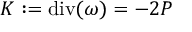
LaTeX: K : = \operatorname { d i v } ( \omega ) = - 2 P